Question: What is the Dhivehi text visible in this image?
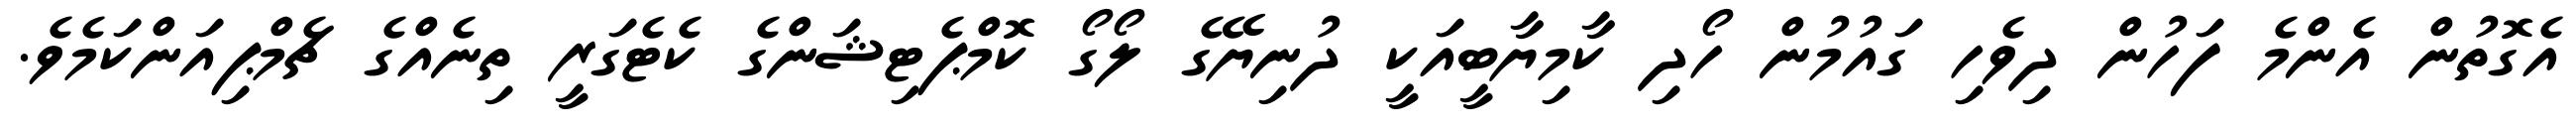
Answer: އެގޮތުން އެންމެ ފަހުން ދިވެހި ގައުމުން ހޯދި ކާމިޔާބީއަކީ ދުނިޔޭގެ ލޯގޯ ކޮމްޕެޓިޝަންގެ ކެޓެގަރީ ތިނެއްގެ ޗެމްޕިއަންކަމެވެ.